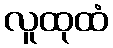
လူထုထံ